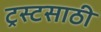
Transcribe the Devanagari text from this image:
ट्रस्टसाठी